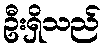
ဦးရှိသည်